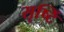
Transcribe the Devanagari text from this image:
सृष्टिं